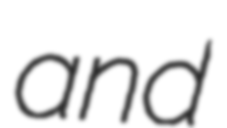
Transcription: and